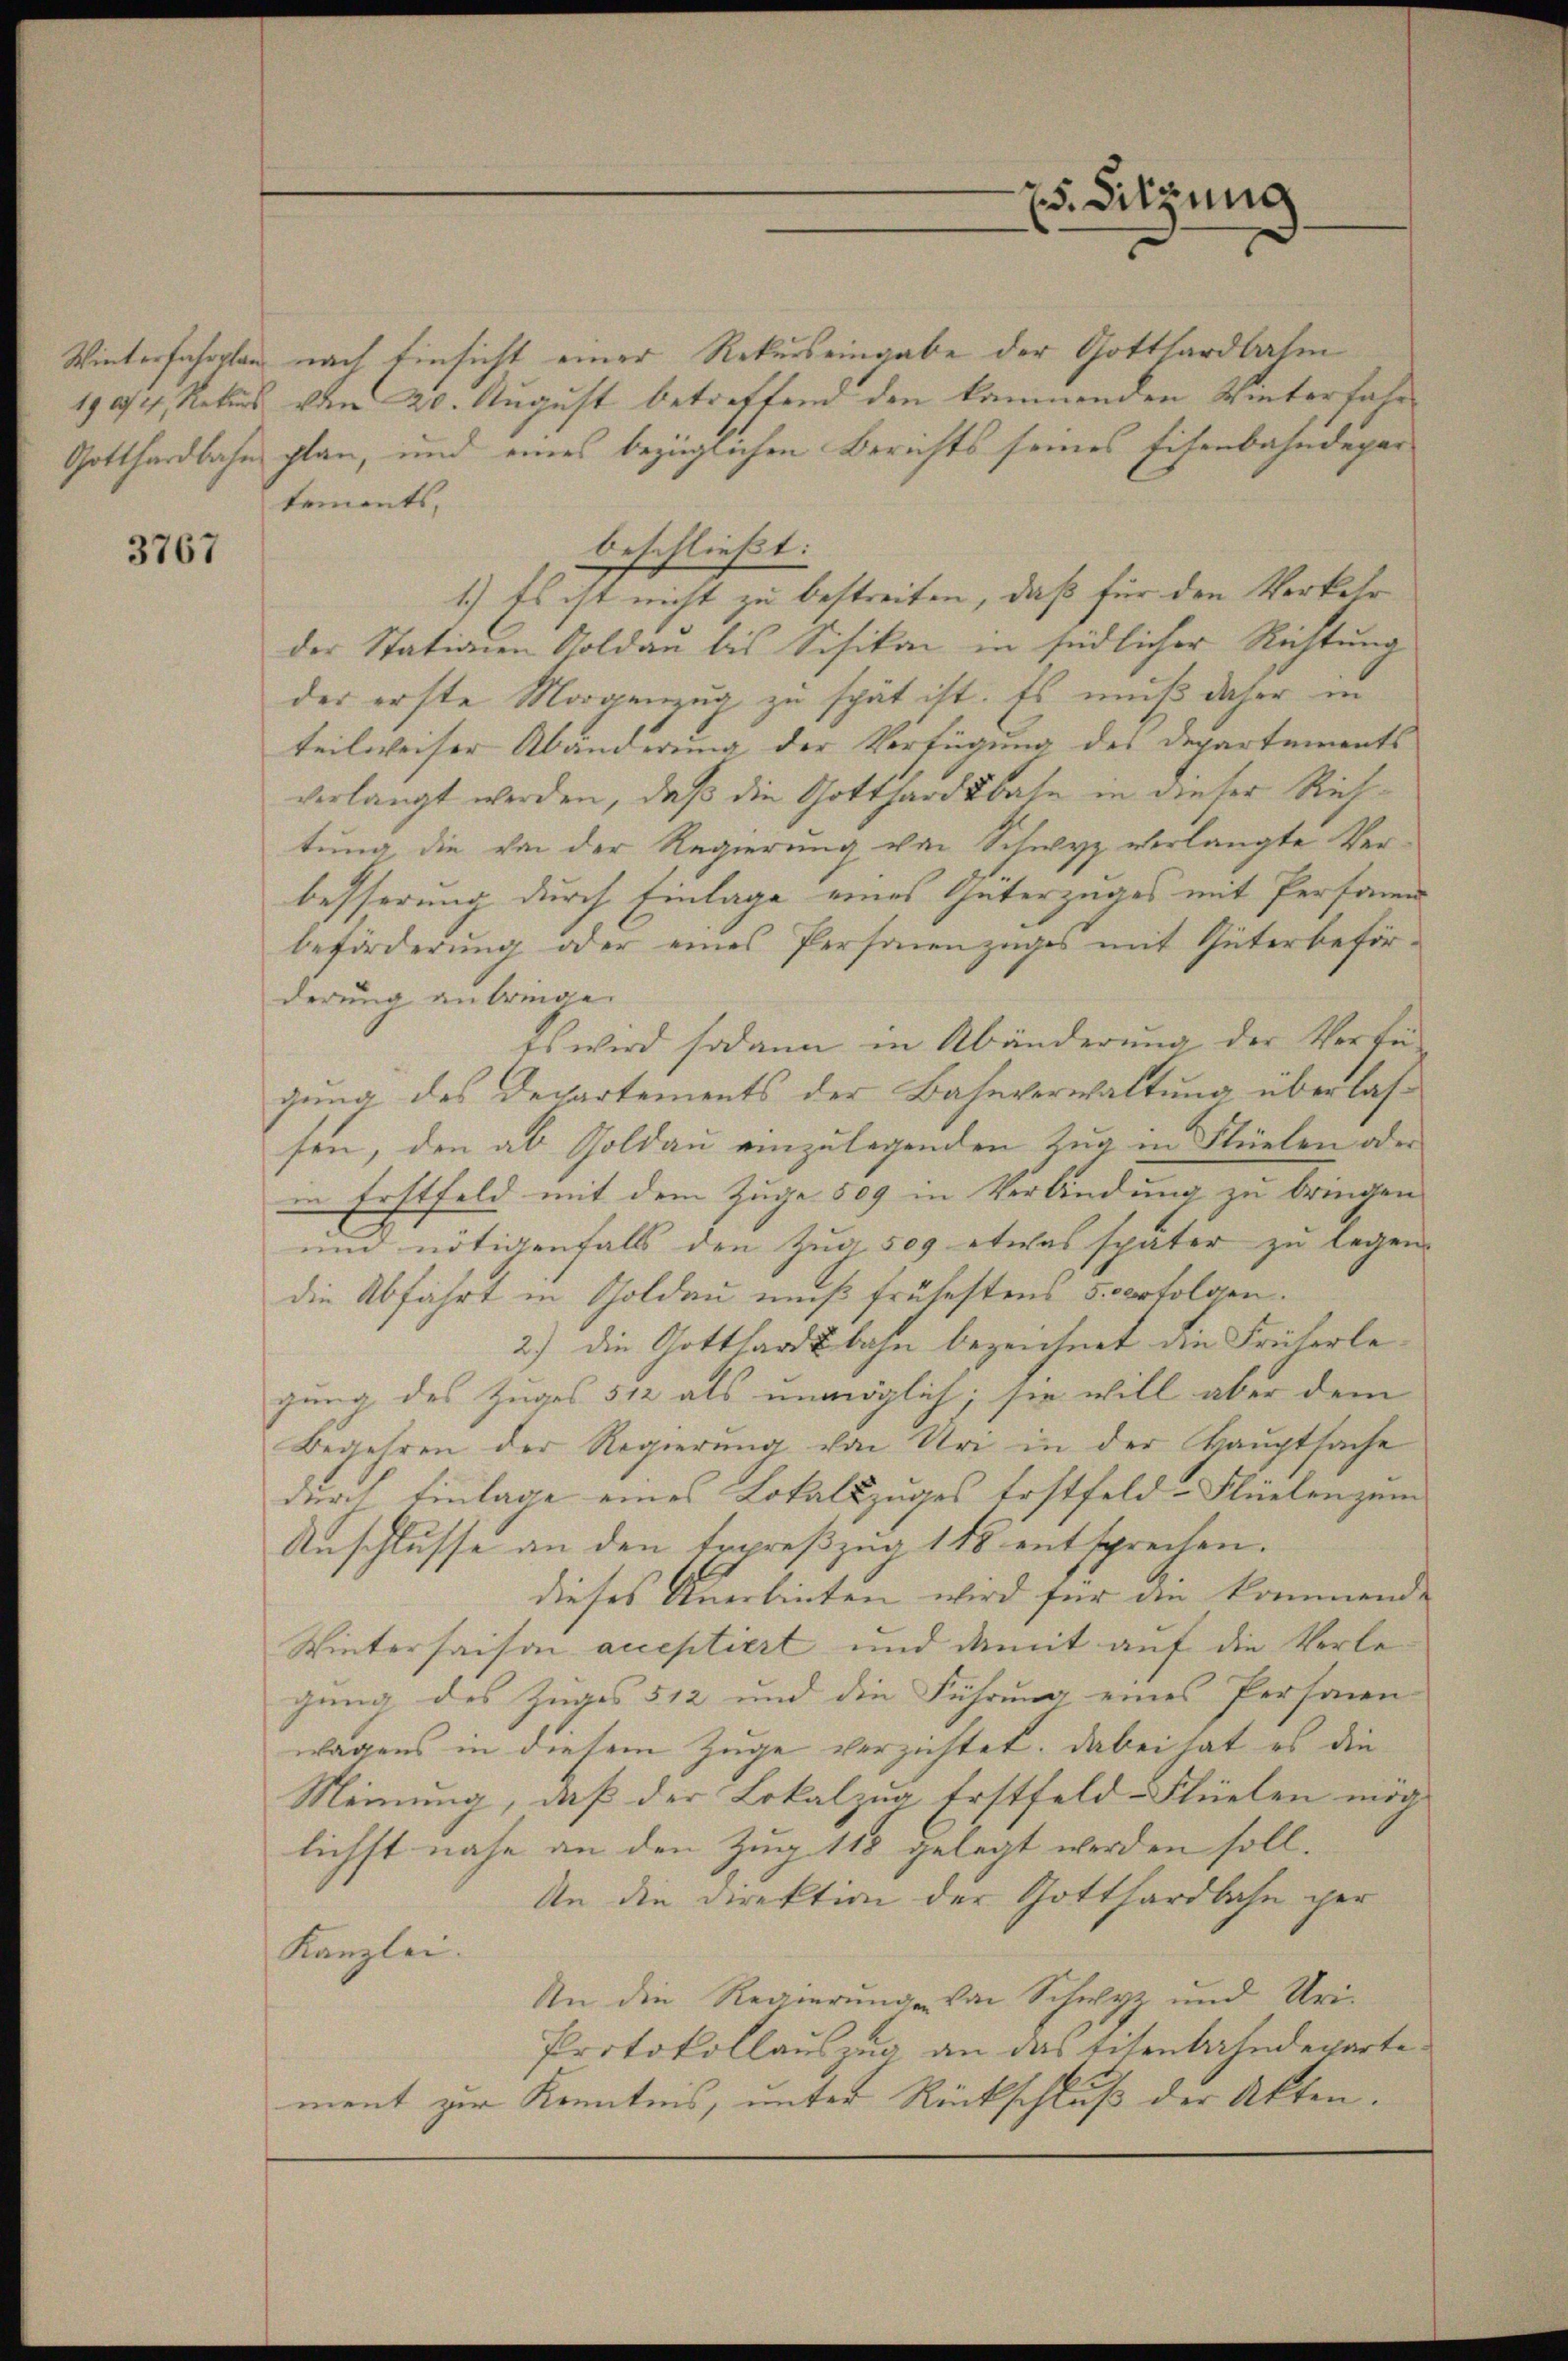
Winterfahrplan

3767

beschließt:

x. Sitzung

nach Einsicht einer Rekurs eingabe der Gotthardbahm
1904, Rekurs vom 20. August betreffend den kommenden Winterfahr
Gotthardbahn plan, und eines bezüglichen Berichts seines Eisenbahndepar
tements,
1.) Es ist nicht zu bestreiten, daß für den Verkehr
der Stationen Goldan bis Schikon in südlicher Richtung
der erste Morgenzug zu spät ist. Es muß daher in
teilweiser Abänderung der Verfügung des Departements
verlangt werden, daß die Gotthardtbahn in dieser Richtung die von der Regierung von Schwyz verlangte Verbesserung durch Einlage eines Güterzuges mit Personn
beförderung oder eines Personenzuges mit Güterbeförderung anbringe.
Es wird sodann in Abänderŭng der Verfü
gung des Departements der Bahnverwaltung überlassen, den ab Goldau einzulegenden Zug in Flüelen oder
in Erstfeld mit dem Zuge 509 in Verbindung zu bringen
und nötigenfalls den Zug, 509 etwas später zu legen.
die Abfahrt in Goldau muß frühestens 5. verfolgen.
2) die Gotthardbahn bezeichnet die Früherlegung des Zuges 512 als unmöglich; sie will aber dem
Begehren der Regierung von Uri in der Hauptsache
durch Einlage eines Lokalszuges Erstfeld-Flüelen zum
Anschlusse an den Erpreßzug 118 entsprechen.
dieses Anerbinten wird für die kommende
Winterhaison acceptiert und damit auf die Verlegung des Zuges 512 und die Führung eines Personen
wagens in diesem Zuge verzichtet. Dabei hat es die
Meinung, daß der Lokalzug. Erstfeld-Flüelen mög
lichst nahe an den Zug 118 gelegt werden soll.
An die Direktion der Gotthardbahn per
Kanzlei.
An die Regierung von Schwyz und Uri-
Protokollauszug an das Eisenbahndepartement zur Kenntnis, unter Rückschluß der Akten.